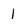
Character: 1